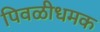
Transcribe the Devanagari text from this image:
पिवळीधमक